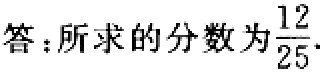
答：所求的分数为\(\frac{12}{25}\).